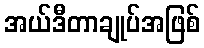
အယ်ဒီတာချုပ်အဖြစ်